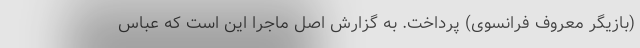
(بازیگر معروف فرانسوی) پرداخت. به گزارش اصل ماجرا این است که عباس